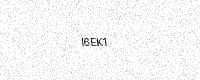
Text: I6EK1